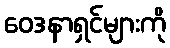
ဝေဒနာရှင်များကို